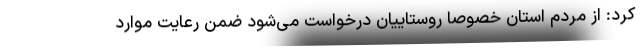
کرد: از مردم استان خصوصا روستاییان درخواست می‌شود ضمن رعایت موارد